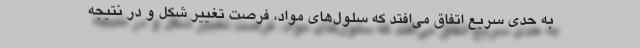
به حدی سریع اتفاق می‌افتد که سلول‌های مواد، فرصت تغییر شکل و در نتیجه